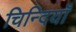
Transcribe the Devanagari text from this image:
चिन्दियाँ